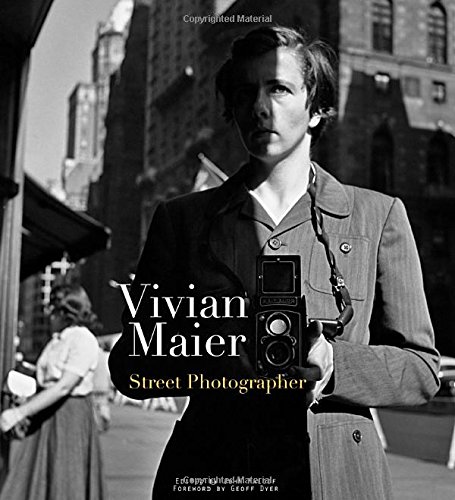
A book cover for Vivian Maier: Street Photographer; Vivian Maier; Arts & Photography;